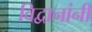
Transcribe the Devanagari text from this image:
विद्वानांनीं